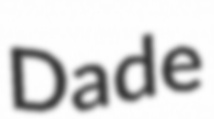
Dade